Insane asylums Bombay 1873-77 - 1873-1877
Year: 1873
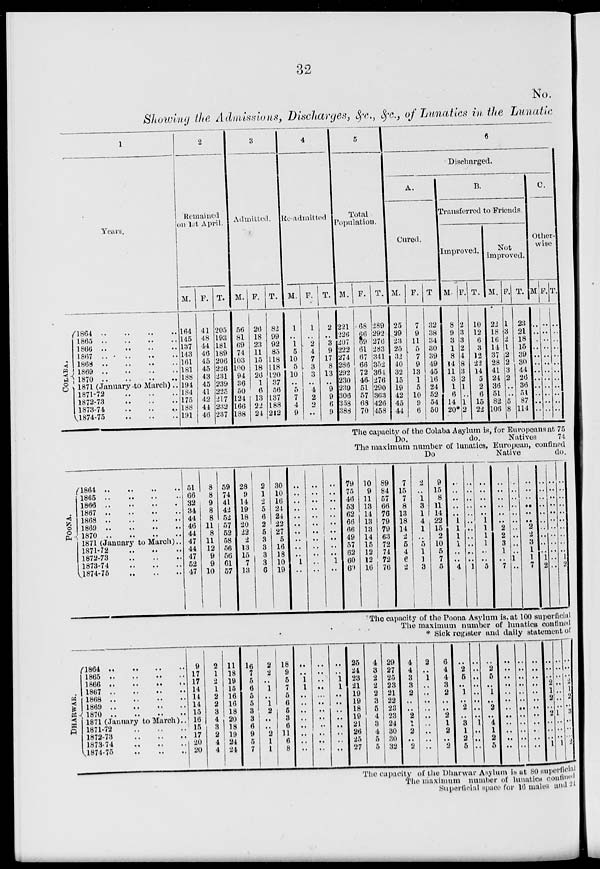
32
No.
Showing the Admissions, Discharges, &c., &c., of Lunatics in the Lunatic
1
Years.
COLABA
l864
..
..
..
..
1865
..
..
..
..
1866
..
..
..
..
1867
..
..
..
..
1868
..
..
..
..
1869
..
..
..
..
1870
..
..
..
..
1871 (January to March)..
1871-72
..
..
..
1872-73
..
..
..
1873-74
..
..
..
1874-75
..
..
..
2
Remained
on 1st April.
M.
164
145
137
143
161
181
188
191
184
175
188
191
F.
41
48
44
46
45
45
43
45
41
42
44
46
T.
205
193
181
189
206
226
231
239
225
217
232
237
3
Admitted.
M.
56
81
69
74
103
100
94
36
50
124
166
188
F.
26
18
23
11
15
18
26
1
6
13
22
24
T.
82
99
92
85
118
118
120
37
56
137
188
212
4
Re-admitted.
M.
1
..
1
5
10
5
10
..
5
7
4
9
F.
1
..
2
4
7
3
3
..
4
2
2
..
T.
2
..
3
9
17
8
13
..
9
9
6
9
5
Total
Population.
M.
221
226
207
222
274
286
292
230
239
306
358
388
F.
68
66 69
61
67
66
72
46
51
57
68
70
T.
289
292
276
283
341
352
364
276
290
363
426
458
6
Discharged.
A.
Cured.
M.
25
29
23
25
32
40
32
15
19
42
45
44
F.
7
9
11
5
7
9
13
1
5
10
9
6
T
32
38
34
30
39
49
45
16
24
52
54
50
B.
Transferred to Friends.
Improved.
M.
8
9
3
1
8
14
11
3
1
6
14
20*
F.
2
3
3
2
4
8
3
2
1
..
1
2
T.
10
12
6
3
12
22
14
5
2
6
15
22
Not
improved.
M.
22
18
16
14
37
28
41
24
36
51
82
106
F.
1
3
2
1
2
2
3
2
..
..
5
8
T.
23
21
18
15
39
30
44
26
36
51
87
114
C.
Other-
wise.
M.
..
..
..
..
..
..
..
..
..
..
..
..
F.
..
..
..
..
..
..
..
..
..
..
..
..
T.
..
..
..
..
..
..
..
..
..
..
..
..
The capacity of the Colaba Asylum is, for Europeans at 75
Do.
do.
Natives
74
The maximum number of lunatics, European, confined
Do.
Native
do.
POONA.
l864
..
..
..
..
1865
..
..
..
..
1866
..
..
..
..
1867
..
..
..
..
1868
..
..
..
..
1869 .. .. .. ..
1870
..
..
..
..
1871 (January to March)..
1871-72
..
..
..
1872-73
..
..
..
1873-74
..
..
..
1874-75
..
..
..
51
66
32
34
44
46
44
47
44
47
52
47
8
8
9
8
8
11
8
11
12
9
9
10
59
74
41
42
52
57
52
58
56
56
61
57
28
9
14
19
18
20
22
2
13
15
7
13
2
1
2
5
6
2
5
3
3
3
3
6
30
10
16
24
24
22
27
5
16
18
10
19
..
..
..
..
..
..
..
..
..
..
1
..
..
..
..
..
..
..
..
..
..
..
..
..
..
..
..
..
..
..
..
..
..
..
1
..
79
75
46
53
62
66
66
49
57
62
60
60
10
9
11
13
14
13
13
14
15
12
12
16
89
84
57
66
76
79
79
63
72
74
72
76
7
15
7
8
13
18
14
2
5
4
6
2
2
..
1
3
1
4
1
..
5
1
1
3
9
15
8
11
14
22
15
2
10
5
7
5
..
..
..
..
..
1
1
1
1
..
..
4
..
..
..
..
..
..
..
..
..
..
..
1
..
..
..
..
..
1
1
1
1
..
..
5
..
..
..
..
..
..
2
2
3
1
..
7
..
..
..
..
..
..
..
..
..
..
1
..
..
..
..
..
..
..
2
2
3
1
1
7
..
..
..
..
..
..
..
..
..
..
1
2
..
..
..
..
..
..
..
..
..
..
..
..
..
..
..
..
..
..
..
..
..
..
1
2
The capacity of the Poona Asylum is, at 100 superficial
The maximum number of lunatics confined
* Sick register and daily statement of
DHARWAR.
1864 .. .. .. ..
1865 .. .. .. ..
1866 .. .. .. ..
1867 .. .. .. ..
1868 .. .. .. ..
1869 .. .. .. ..
1870 .. .. .. ..
1871 (January to March).
1871-72 .. .. ..
1872-73 .. .. ..
1873-74 .. .. ..
1874-75 .. .. ..
9
17
17
14
14
14
15
16
15
17
20
20
2
1
2
1
2
2
3
4
3
2
4
4
11
18
19
15
16
16
18
20
18
19
24
24
16
7
5
6
5
5
3
3
6
9
5
7
2
2
..
1
..
1
2
..
..
2
1
1
18
9
5
7
5
6
5
3
6
11
6
8
..
..
1
1
..
..
..
..
..
..
..
..
..
..
..
..
..
..
..
..
..
..
..
..
..
..
1
1
..
..
..
..
..
..
..
..
25
24
23
21
19
19
18
19
21
26
25
27
4
3
2
2
2
3
5
4
3
4
5
5
29
27
25
23
21
22
23
23
24
30
30
32
4
4
3
3
2
..
..
2
1
2
..
2
2
..
1
..
..
..
..
..
..
..
..
..
6
4
4
3
2
..
..
2
1
2
..
2
..
2
5
..
1
..
2
..
3
1
2
5
..
..
..
..
..
..
..
..
1
..
..
..
2
5
..
1
..
2
..
4
1
2
5
..
..
..
..
..
..
..
..
..
..
..
..
..
..
..
..
..
..
..
..
..
..
..
..
..
..
..
..
..
..
..
..
..
..
..
..
..
..
..
2
1
2
..
2
..
..
..
1
..
..
..
..
..
..
..
1
..
..
..
1
..
..
..
2
1
2
..
3
..
..
..
2
The capacity of the Dharwar Asylum is at 80 superficial
The maximum number of lunatics confined
Superficial space for 16 males and 21